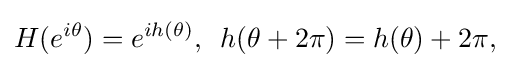
\displaystyle {H(e^{i\theta })=e^{ih(\theta )},\,\,\,h(\theta +2\pi )=h(\theta )+2\pi ,}